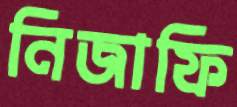
নিজাফি